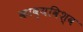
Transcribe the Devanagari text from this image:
काव्यविश्व